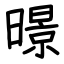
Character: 暻